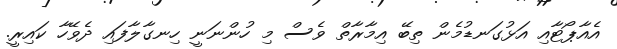
އެއާޕޯޓާއި އަޅުގަނޑުމެން ތިބޭ އިމާރާތް ވެސް މި ހުންނަނީ ހިނގާލާފައި ދެވޭހާ ކައިރީ.